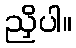
ညှိပါ။